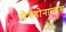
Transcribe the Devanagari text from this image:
मैक्डोनाल्डस